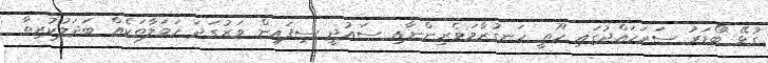
ގުޅޭ ބޯޑަރު ސަރަހައްދުގައި ހޫތީ ހަނގުރާމަވެރިންނާއި ސައުދީ ސިފައިން ވަރުގަދަ ހަމަލާތަކެއް ބަދަލުކުރިތާ